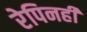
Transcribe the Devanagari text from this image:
रेपिनही